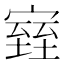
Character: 𪧧